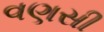
વણસી